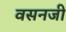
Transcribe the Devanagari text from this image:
वसनजी